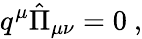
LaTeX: q^{\mu}{\hat{\Pi}}_{\mu\nu}=0~,